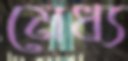
মেধ্য